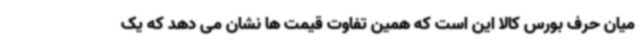
میان حرف بورس کالا این است که همین تفاوت قیمت ها نشان می دهد که یک